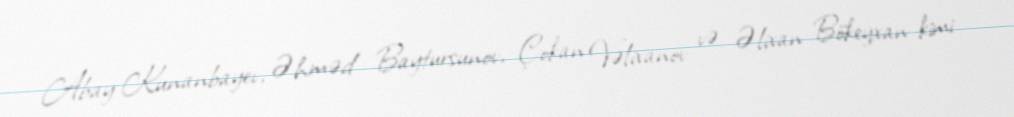
Abay Kunanbayev, Əhməd Baytursunov, Çokan Vəlixanov və Əlixan Bökeyxan kimi